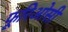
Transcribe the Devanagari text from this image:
फूरिओसी